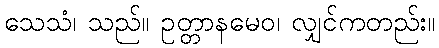
သေသံ၊ သည်။ ဥတ္တာနမေဝ၊ လျှင်ကတည်း။